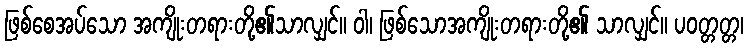
ဖြစ်စေအပ်သော အကျိုးတရားတို့၏သာလျှင်။ ဝါ၊ ဖြစ်သောအကျိုးတရားတို့၏ သာလျှင်။ ပဝတ္တတ္တ၊